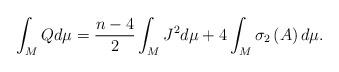
LaTeX: \begin{align*}\int_{M}Qd\mu =\frac{n-4}{2}\int_{M}J^{2}d\mu +4\int_{M}\sigma _{2}\left(A\right) d\mu . \end{align*}